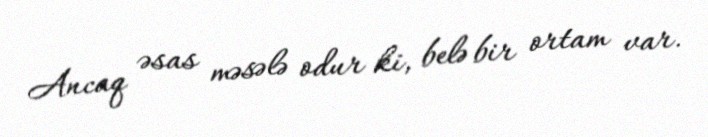
Ancaq əsas məsələ odur ki, belə bir ortam var.